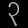
Digit: ၃